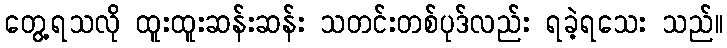
တွေ့ရသလို ထူးထူးဆန်းဆန်း သတင်းတစ်ပုဒ်လည်း ရခဲ့ရသေး သည်။